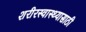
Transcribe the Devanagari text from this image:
शरीरस्वास्थ्यासाठी